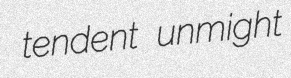
tendent unmight